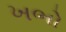
ખભો